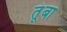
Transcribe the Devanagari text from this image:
तूंबा